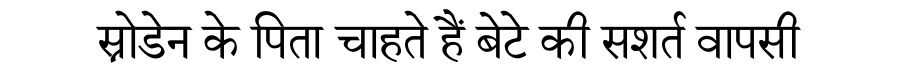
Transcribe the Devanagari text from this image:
स्नोडेन के पिता चाहते हैं बेटे की सशर्त वापसी